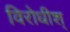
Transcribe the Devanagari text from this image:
विरोधीश्